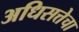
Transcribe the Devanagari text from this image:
अधिसत्तेचा